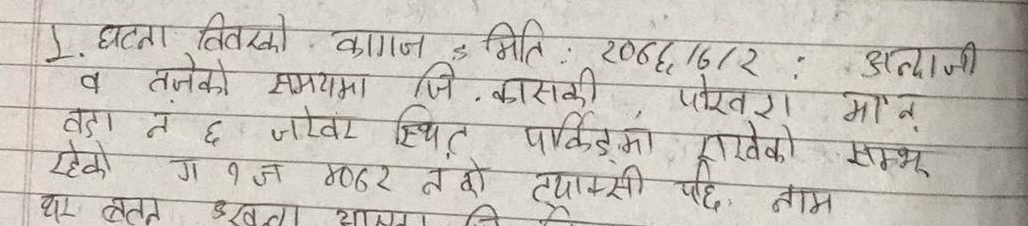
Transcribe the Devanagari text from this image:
१. घटना विवरणको कागजात मिति: २०६६/१/२ : अन्दाजी
व तजको समयमा जि. कास्की पोखरा मानु
वडा नं ६ जोल्वर स्थित पार्कमा राखेको सम्म
रहेको ग १ ज ४०६२ न. को ट्याक्सी पछि नाम
थर समेत खुलाउनु आउनु जि.